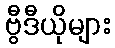
ဗွီဒီယိုများ